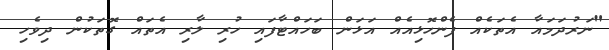
"ނަރުދަމައާ އެތަކެއް ފެންހޮޅިއެއް އަޅަން ބަހައްޓާފައި ހުރި ލާރި އެތައް ގޮތަކުން ދިވެހި